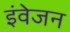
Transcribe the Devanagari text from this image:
इंवेजन